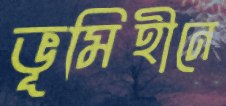
ভূমিহীনে